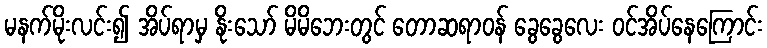
မနက်မိုးလင်း၍ အိပ်ရာမှ နိုးသော် မိမိဘေးတွင် တောဆရာဝန် ခွေခွေလေး ဝင်အိပ်နေကြောင်း